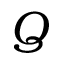
Q